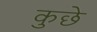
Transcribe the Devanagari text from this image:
कुछे